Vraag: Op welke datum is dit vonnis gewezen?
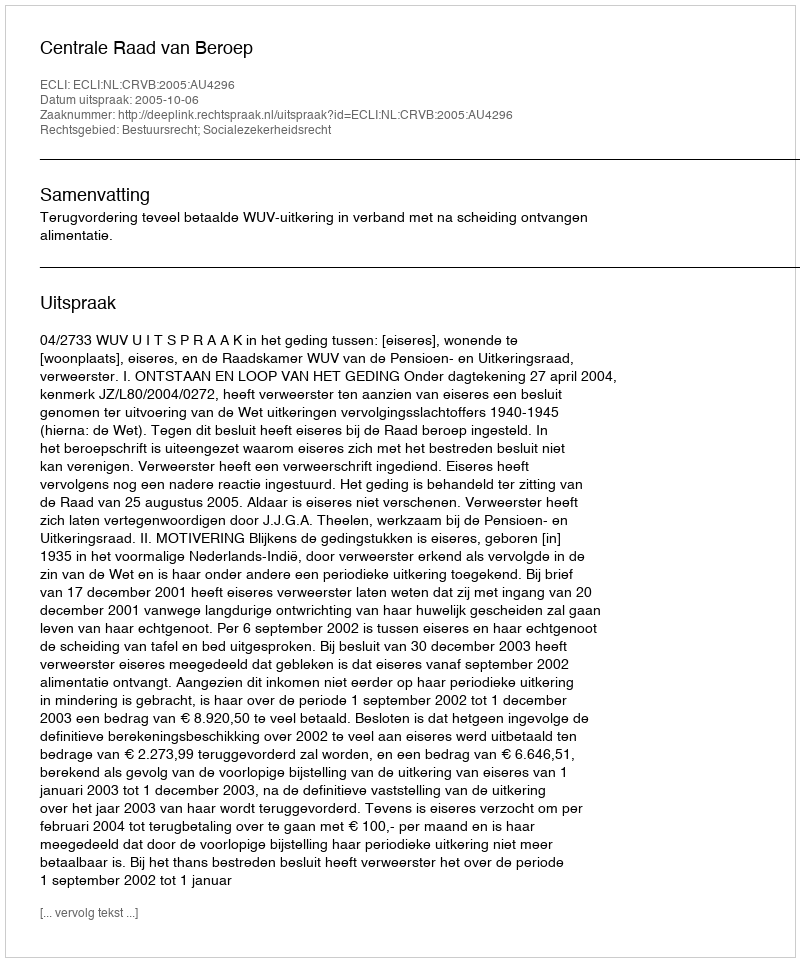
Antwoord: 2005-10-06